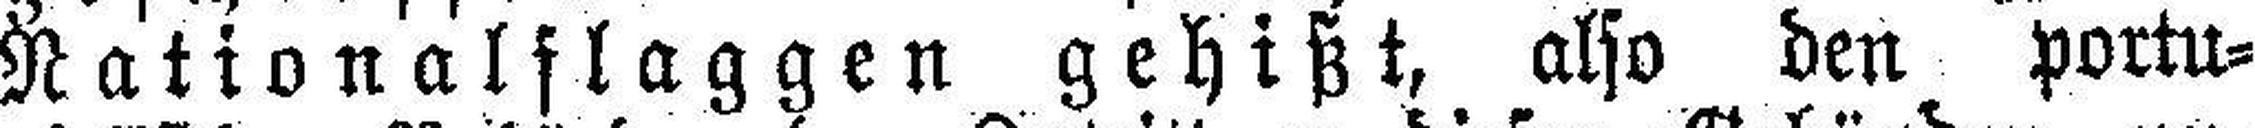
Nationalflaggen gehißt, also den portu¬